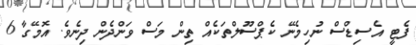
ފެޓީ އެސިޑްސް ނުހިމެނޭ ކެޕްސޫލްތަކެއް ތިން މަސް ވަންދެން ދިނެވެ. އޮމޭގާ 6